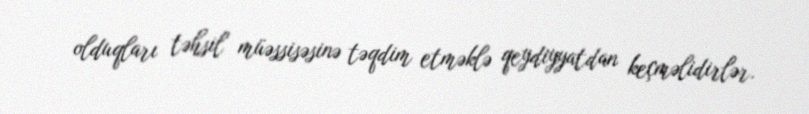
olduqları təhsil müəssisəsinə təqdim etməklə qeydiyyatdan keçməlidirlər.